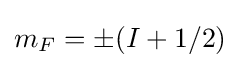
m_{F}=\pm (I+1/2)